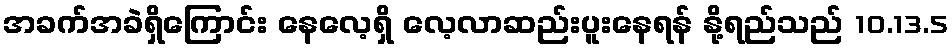
အခက်အခဲရှိကြောင်း နေလေ့ရှိ လေ့လာဆည်းပူးနေရန် နို့ရည်သည် 10.13.5